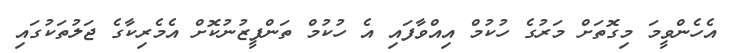
އެހެންވީމަ މިގޮތަށް މަރުގެ ހުކުމް އިއްވާފައި އެ ހުކުމް ތަންފީޒުނުކޮށް އެމެރިކާގެ ޖަލުތަކުގައި